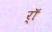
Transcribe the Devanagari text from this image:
र्‍ाॅ